Trukikaitis_Postimees, lk 168
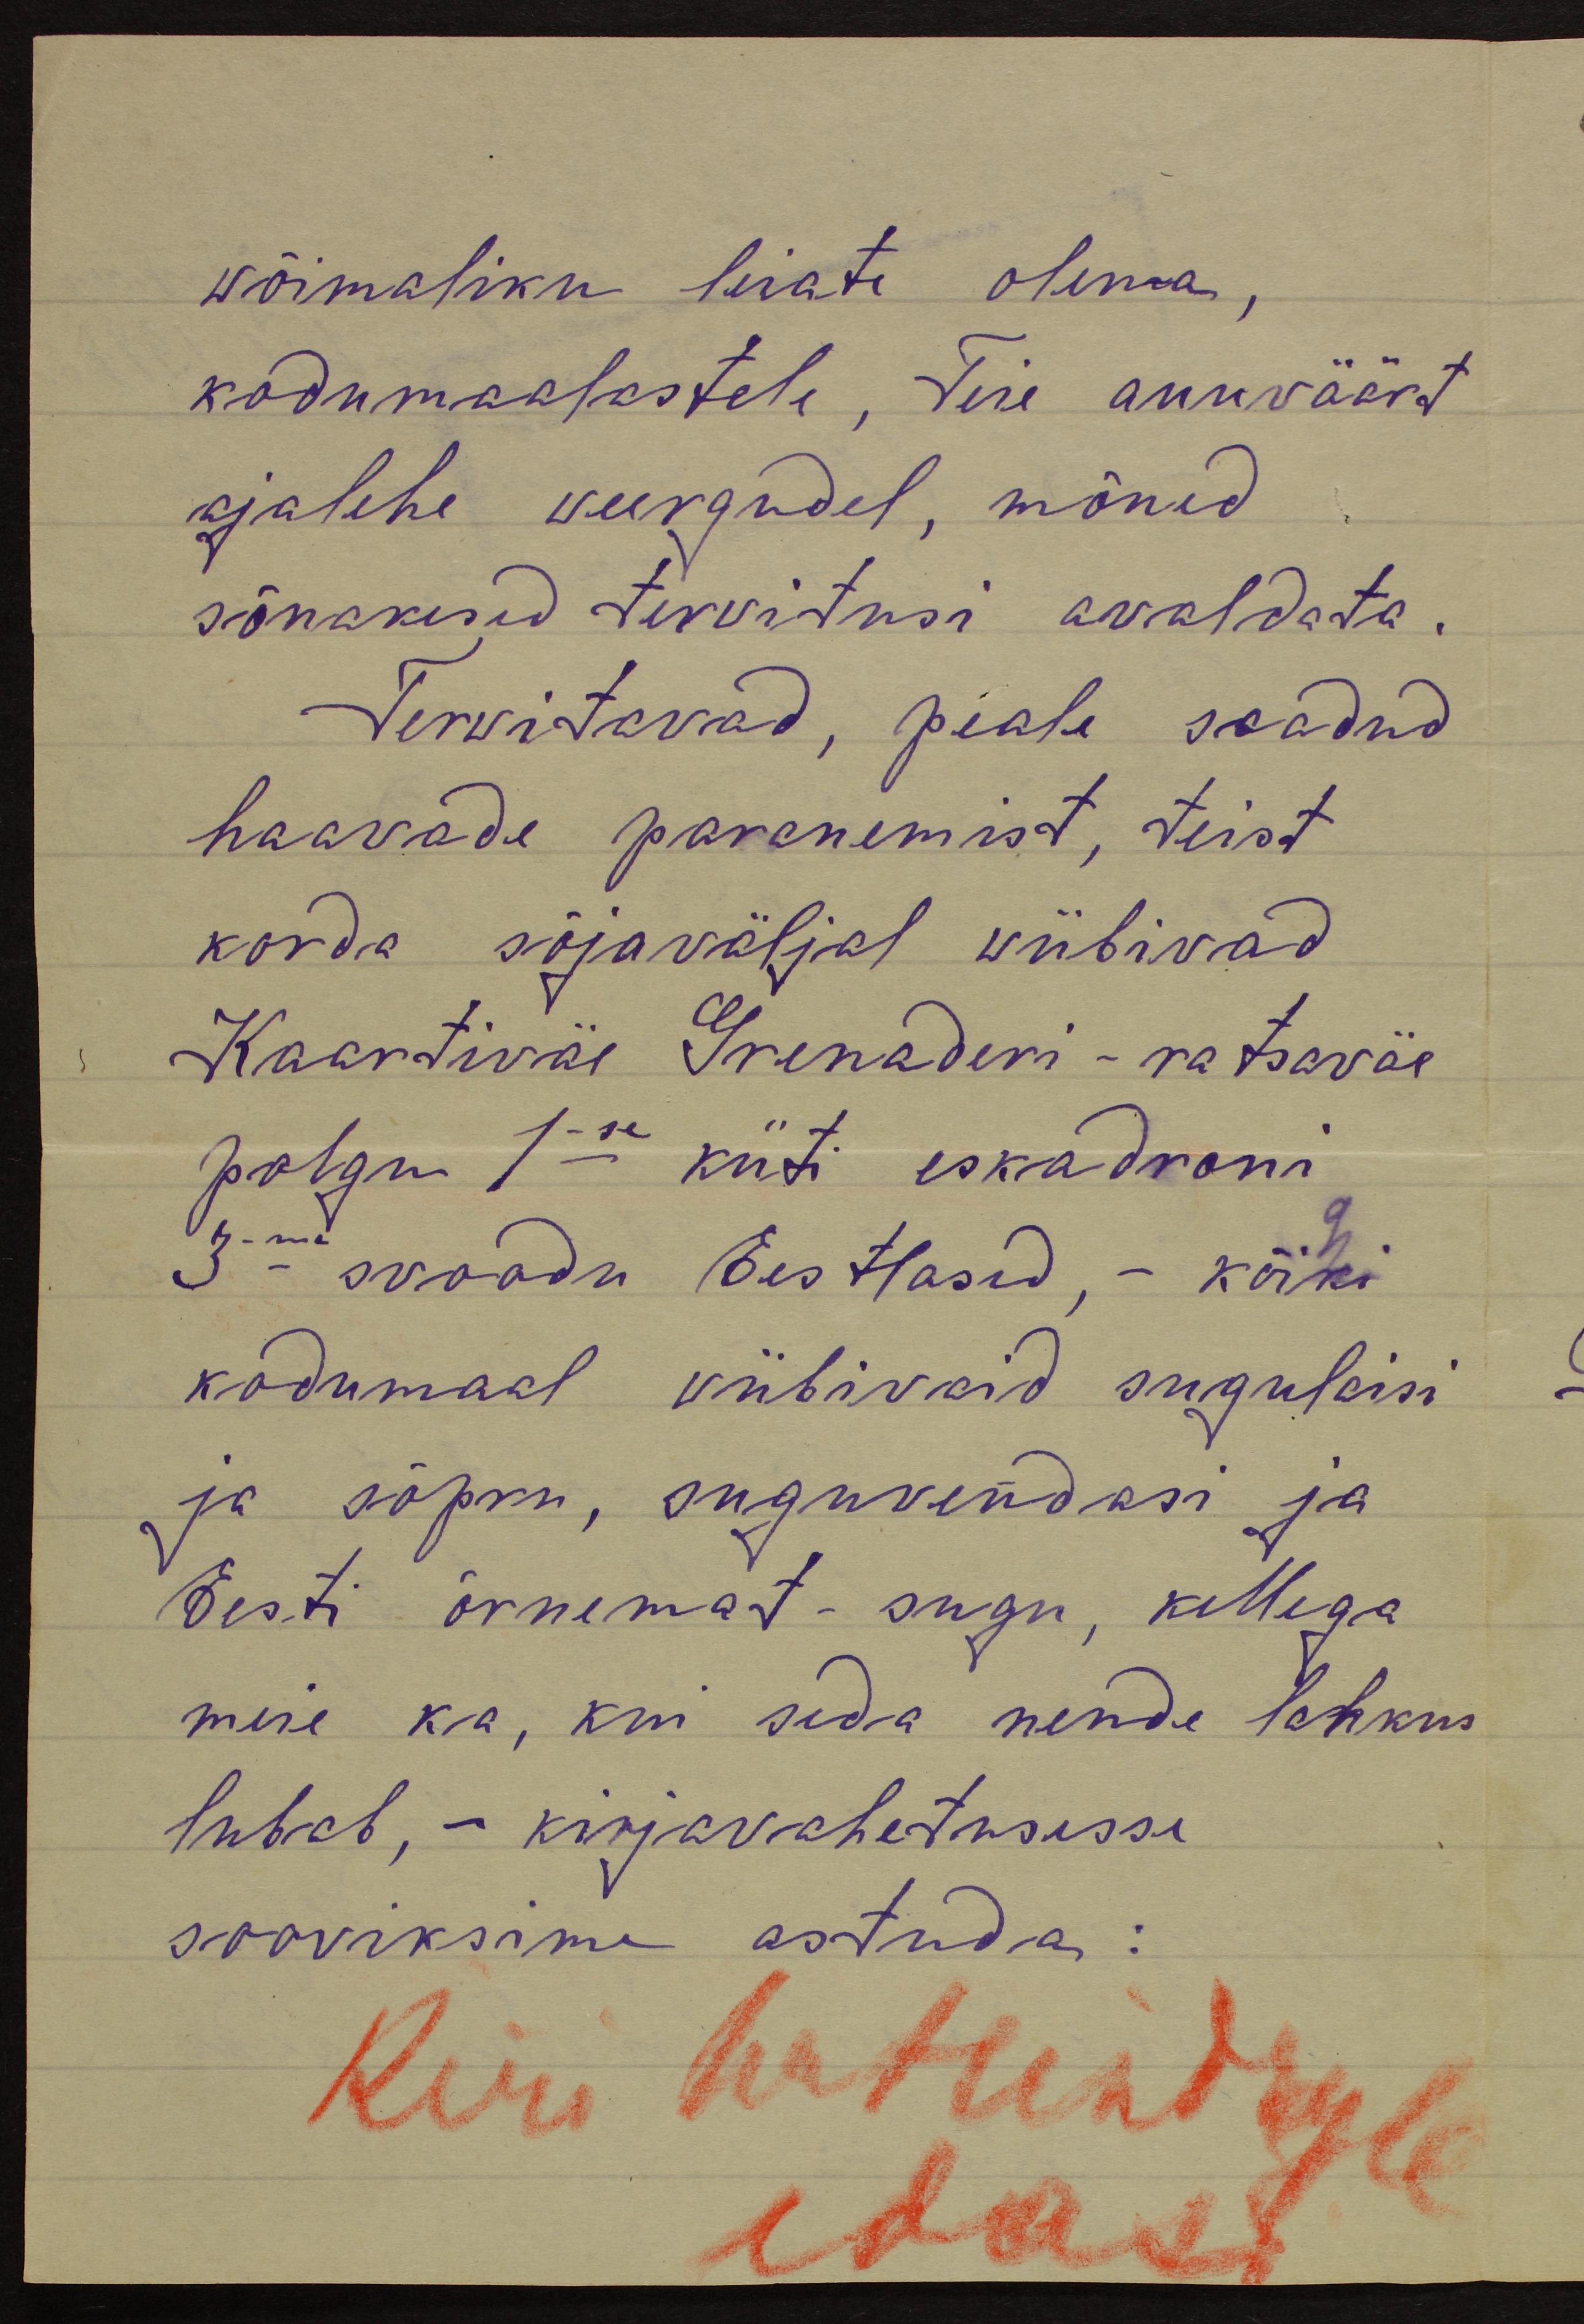
wõimaliku leiate olema,
kodumaalastele, Teie auuwäärt
ajalehe weergudel, mõned
sõnakesed terwitusi awaldata.
Terwitawad, peale saadud
haawade paranemist, teist
korda sõjawäljal wiibiwad
Kaartiwäe Grenaderi- ratsawäe
polgu 1se kiiti eskadroni
3- me svoodu Eestlased, - kõiki
kodumaal viibivaid sugulaisi
ja sõpru, suguvendasi ja
Eesti õrnemat-sugu, kellega
meie ka, kui seda nende lahkus
lubab, - kirjavahetusesse
sooviksime astuda:
Kiri heitundris
edasi